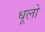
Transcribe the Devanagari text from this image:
धूलो